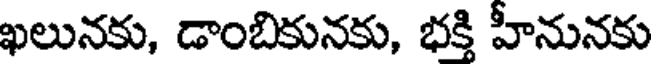
ఖలునకు, డాంబికునకు, భక్తి హీనునకు